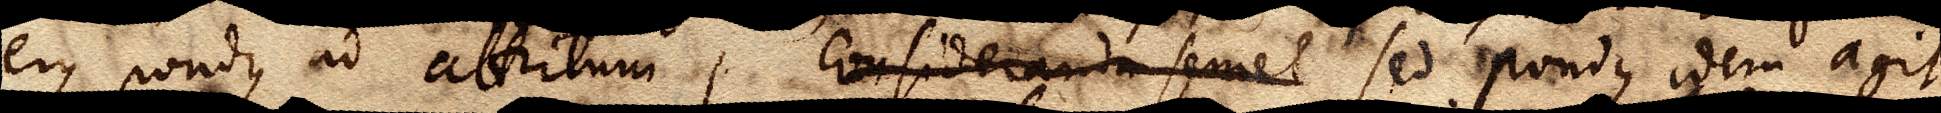
ejus pondus ad attritum, Consideranda semel Sed pondus idem agit